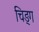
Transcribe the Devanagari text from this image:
चिङ्ग